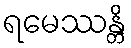
ရမေဿန္တိ